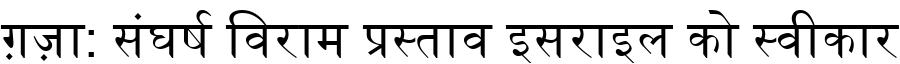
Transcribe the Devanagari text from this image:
ग़ज़ा: संघर्ष विराम प्रस्ताव इसराइल को स्वीकार